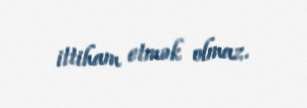
ittiham etmək olmaz.